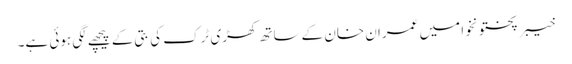
خیبر پختونخوا میں عمران خان کے ساتھ کھڑی ٹرک کی بتی کے پیچھے لگی ہوئی ہے۔